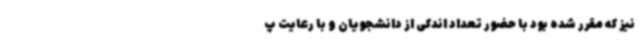
نیز که مقرر شده بود با حضور تعداد اندکی از دانشجویان و با رعایت پ